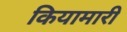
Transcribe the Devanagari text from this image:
कियामारी